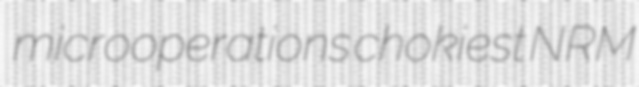
microoperations chokiest NRM